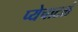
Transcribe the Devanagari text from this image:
प्येचाटलं